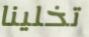
تخلينا